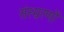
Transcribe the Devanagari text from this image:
संस्म्ररणों